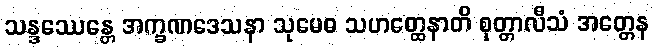
သန္ဒဿေန္တေ အက္ခဏဒေသနာ သုမေဓ သဟတ္ထေနာတိ စုတ္တာလီသံ အတ္တေန